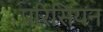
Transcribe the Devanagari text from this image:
परिसियन